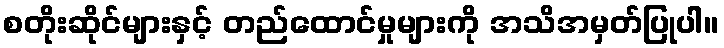
စတိုးဆိုင်များနှင့် တည်ထောင်မှုများကို အသိအမှတ်ပြုပါ။